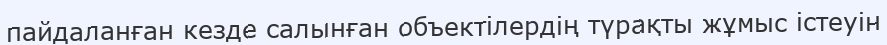
пайдаланған кезде салынған объектілердің түрақты жұмыс істеуін